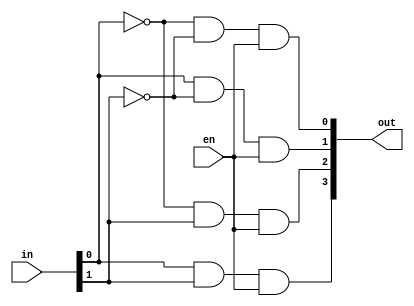
module Decoder_Dataflow(out, in, en);
	output [3:0] out;						 		// 
	
	input [1:0] in;								// 
	input en;										//  
	
	assign out[0] = (~in[0] & ~in[1] & en); 	// 00  decoder 
	assign out[1] = (in[0] & ~in[1] & en); 		// 01  decoder 
	assign out[2] = (~in[0] & in[1] & en); 		// 10  decoder 
	assign out[3] = (in[0] & in[1] & en);		// 11  decoder 
	
endmodule